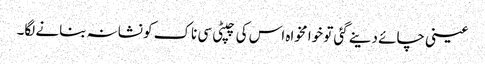
عینی چائے دینے گئی تو خوا مخواہ اس کی چپٹی سی ناک کو نشانہ بنانے لگا۔